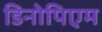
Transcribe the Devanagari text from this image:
डिनोपिएम